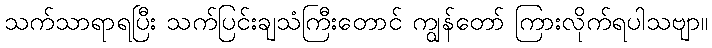
သက်သာရာရပြီး သက်ပြင်းချသံကြီးတောင် ကျွန်တော် ကြားလိုက်ရပါသဗျာ။